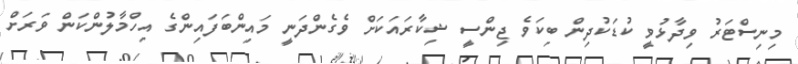
މިނިސްޓަރު ވިދާޅުވީ ކުޑަކުދިން ބިކަވެ ޖިންސީ ޝިކާރައަކަށް ވެގެންދަނީ މައިންބަފައިންގެ އިހްމާލުންކަން ވަރަށް